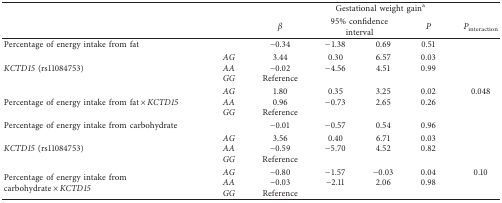
<table><thead><tr><td rowspan="2"><b> </b></td><td><b> </b></td><td colspan="5"><b>Gestational weight gain<sup>a</sup></b></td></tr><tr><td><b> </b></td><td><b><i>β</i></b></td><td colspan="2"><b>95% confidence interval</b></td><td><b><i>P</i></b></td><td><b><i>P</i><sub>interaction</sub></b></td></tr></thead><tbody><tr><td>Percentage of energy intake from fat</td><td> </td><td>−0.34</td><td>−1.38</td><td>0.69</td><td>0.51</td><td> </td></tr><tr><td rowspan="3"><i>KCTD15</i> (rs11084753)</td><td><i>AG</i></td><td>3.44</td><td>0.30</td><td>6.57</td><td>0.03</td><td> </td></tr><tr><td><i>AA</i></td><td>−0.02</td><td>−4.56</td><td>4.51</td><td>0.99</td><td> </td></tr><tr><td><i>GG</i></td><td>Reference</td><td> </td><td> </td><td> </td><td> </td></tr><tr><td rowspan="3">Percentage of energy intake from fat × <i>KCTD15</i></td><td><i>AG</i></td><td>1.80</td><td>0.35</td><td>3.25</td><td>0.02</td><td>0.048</td></tr><tr><td><i>AA</i></td><td>0.96</td><td>−0.73</td><td>2.65</td><td>0.26</td><td> </td></tr><tr><td><i>GG</i></td><td>Reference</td><td> </td><td> </td><td> </td><td> </td></tr><tr><td>Percentage of energy intake from carbohydrate</td><td> </td><td>−0.01</td><td>−0.57</td><td>0.54</td><td>0.96</td><td> </td></tr><tr><td rowspan="3"><i>KCTD15</i> (rs11084753)</td><td><i>AG</i></td><td>3.56</td><td>0.40</td><td>6.71</td><td>0.03</td><td> </td></tr><tr><td><i>AA</i></td><td>−0.59</td><td>−5.70</td><td>4.52</td><td>0.82</td><td> </td></tr><tr><td><i>GG</i></td><td>Reference</td><td> </td><td> </td><td> </td><td> </td></tr><tr><td rowspan="3">Percentage of energy intake from carbohydrate × <i>KCTD15</i></td><td><i>AG</i></td><td>−0.80</td><td>−1.57</td><td>−0.03</td><td>0.04</td><td>0.10</td></tr><tr><td><i>AA</i></td><td>−0.03</td><td>−2.11</td><td>2.06</td><td>0.98</td><td> </td></tr><tr><td><i>GG</i></td><td>Reference</td><td> </td><td> </td><td> </td><td> </td></tr></tbody></table>